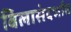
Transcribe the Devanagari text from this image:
बिलासंदर्भात